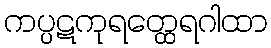
ကပ္ပဋကုရတ္ထေရဂါထာ